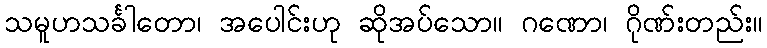
သမူဟသင်္ခါတော၊ အပေါင်းဟု ဆိုအပ်သော။ ဂဏော၊ ဂိုဏ်းတည်း။